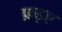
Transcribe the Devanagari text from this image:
फ़इए